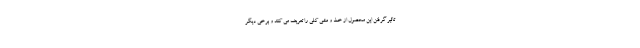
تاثیر گرفتن این محصول از خط و مشی کلی را تعریف می کنند و برخی دیگر